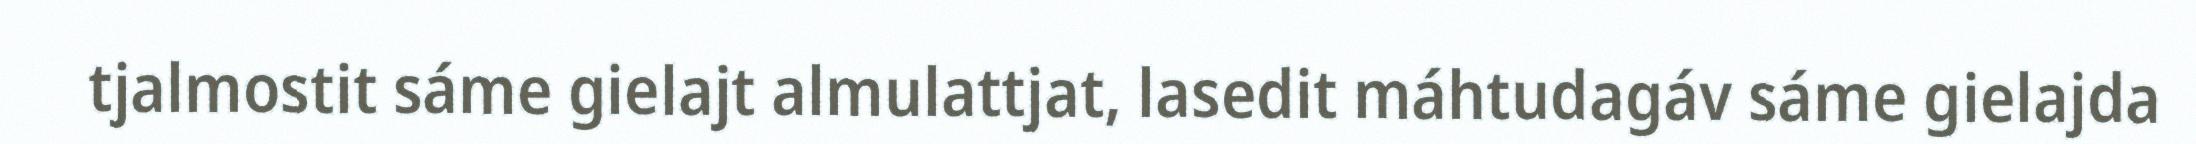
tjalmostit sáme gielajt almulattjat, lasedit máhtudagáv sáme gielajda